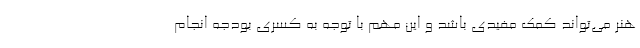
هنر می‌تواند کمک مفیدی باشد و این مهم با توجه به کسری بودجه انجام